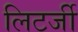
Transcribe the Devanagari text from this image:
लिटर्जी